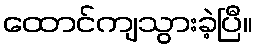
ထောင်ကျသွားခဲ့ပြီ။